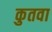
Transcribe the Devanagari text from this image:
कुतवा